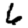
Digit: 6